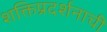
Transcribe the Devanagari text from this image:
शक्तिप्रदर्शनाची